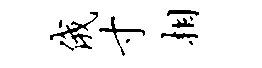
俄寸相